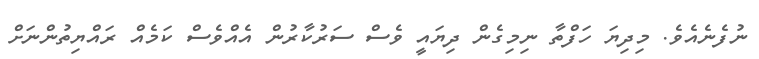
ނުފެނެއެވެ. މިދިޔަ ހަފްތާ ނިމިގެން ދިޔައީ ވެސް ސަރުކާރުން އެއްވެސް ކަމެއް ރައްޔިތުންނަށް